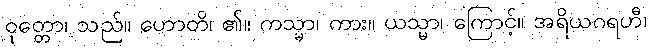
ဝုတ္တော၊ သည်။ ဟောတိ၊ ၏။ ကသ္မာ၊ ကား။ ယသ္မာ၊ ကြောင့်။ အရိယဂရဟီ၊